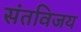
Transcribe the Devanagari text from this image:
संतविजय